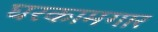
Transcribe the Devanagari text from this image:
घरकामगार